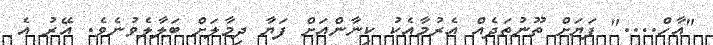
"އާހް...." ފަޔަށް ތޫނުތަދެއް އެރުމާއެކު ކިނާންއަށް ފަޔާ ދިމާލަށް ބަލާލެވުނެވެ. އޭރު އެ